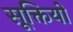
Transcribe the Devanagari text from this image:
सूक्तियो